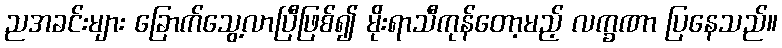
ညအခင်းများ ခြောက်သွေ့လာပြီဖြစ်၍ မိုးရာသီကုန်တော့မည့် လက္ခဏာ ပြနေသည်။